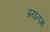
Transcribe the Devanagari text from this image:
प्रयनम